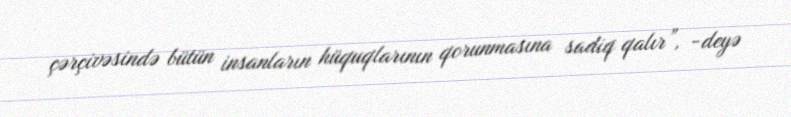
çərçivəsində bütün insanların hüquqlarının qorunmasına sadiq qalır”, -deyə